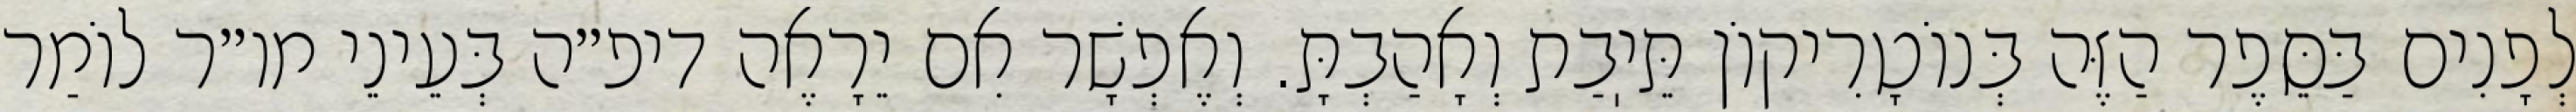
לְפָנִים בַּסֵּפֶר הַזֶּה בְּנוֹטָרִיקוֹן תֵּיֽבַת וְאָהַבְתָּ. וְאֶפְשָׁר אִם יֵרָאֶה דיפ״ה בְּעֵינֵי מו״ר לוֹמַר